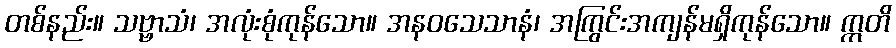
တစ်နည်း။ သဗ္ဗာသံ၊ အလုံးစုံကုန်သော။ အနဝသေသာနံ၊ အကြွင်းအကျန်မရှိကုန်သော။ ဣတိ